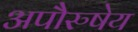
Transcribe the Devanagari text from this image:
अपाेेैरुषेय